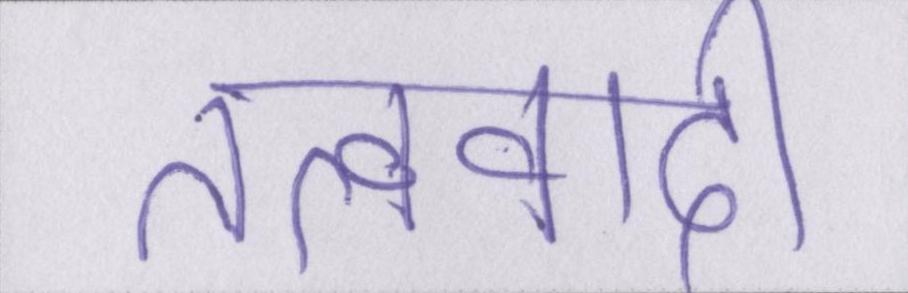
तत्ववादी